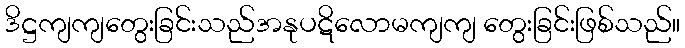
ဒိဋ္ဌကျကျတွေးခြင်းသည်အနုပဋိလောမကျကျ တွေးခြင်းဖြစ်သည်။